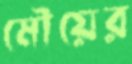
মৌয়ের